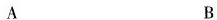
A B